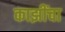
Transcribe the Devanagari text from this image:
काझींचा